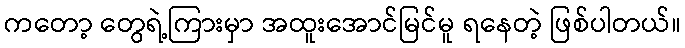
ကတော့ တွေရဲ့ကြားမှာ အထူးအောင်မြင်မူ ရနေတဲ့ ဖြစ်ပါတယ်။